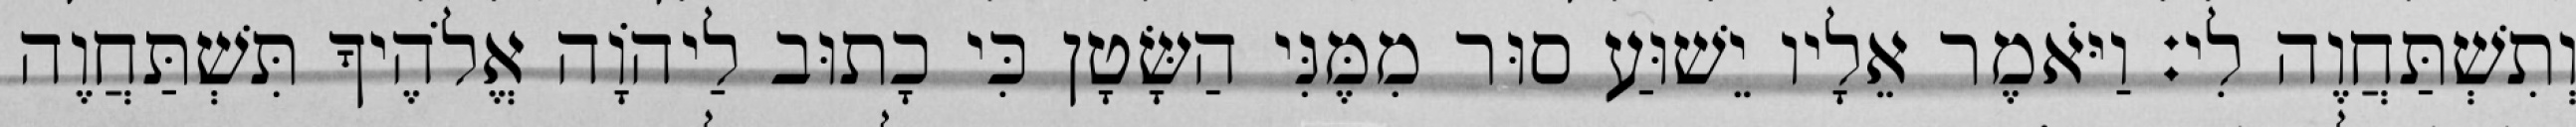
וְתִשְׁתַּחֲוֶה לִי׃ וַיֹּאמֶר אֵלָיו יֵשׁוּעַ סוּר מִמֶּנִּי הַשָּׂטָן כִּי כָתוּב לַיהוָֹה אֱלֹהֶיךָ תִּשְׁתַּחֲוֶה